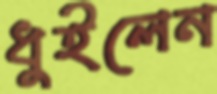
ধুইলেন